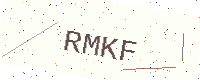
Text: RMKF